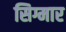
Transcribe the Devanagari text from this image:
सिग्मार